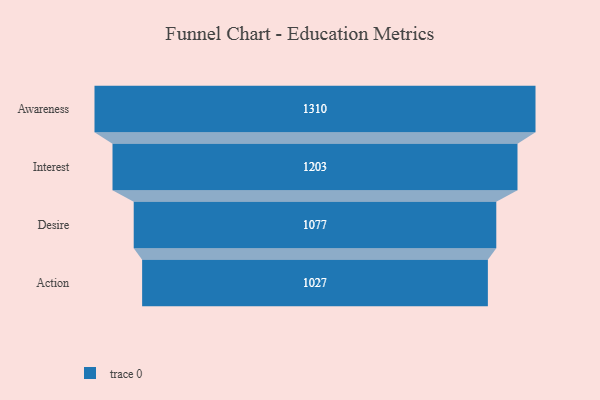
{"axis": {"x": "Stage", "y": "Value"}, "legend": [""], "data": [{"x": "Awareness", "y": 1310.0, "type": ""}, {"x": "Interest", "y": 1203.0, "type": ""}, {"x": "Desire", "y": 1077.0, "type": ""}, {"x": "Action", "y": 1027.0, "type": ""}]}